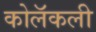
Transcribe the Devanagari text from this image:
कोलॅकली